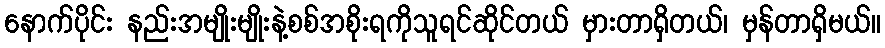
နောက်ပိုင်း နည်းအမျိုးမျိုးနဲ့စစ်အစိုးရကိုသူရင်ဆိုင်တယ် မှားတာရှိတယ်၊ မှန်တာရှိမယ်။